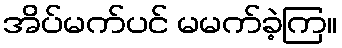
အိပ်မက်ပင် မမက်ခဲ့ကြ။